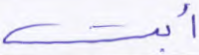
أبت